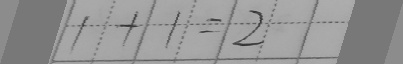
1 + 1 = 2